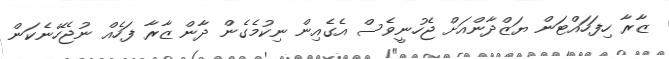
ޒާރާ ހިފަހައްޓަން ޔަޒްދާންއަށް ޖެހުނީވެސް އެގެއިން ނިކުމެގެން ދާން ޒާރާ ފަހެއް ނުޖެހޭނެކަން